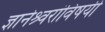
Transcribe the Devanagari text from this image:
ज्ञानेश्र्वरांविषयी